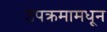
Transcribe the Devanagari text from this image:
उपक्रमामधून